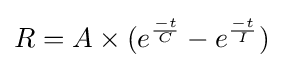
R=A\times (e^{\frac {-t}{C}}-e^{\frac {-t}{I}})